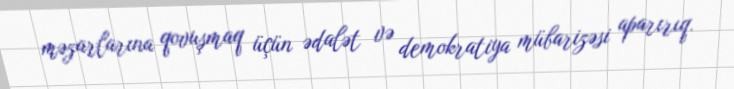
məzarlarına qovuşmaq üçün ədalət və demokratiya mübarizəsi aparırıq.